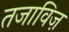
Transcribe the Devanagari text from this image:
तजाविज़